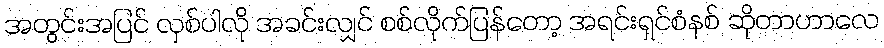
အတွင်းအပြင် လှစ်ပါလို အခင်းလျှင် စစ်လိုက်ပြန်တော့ အရင်းရှင်စံနစ် ဆိုတာဟာလေ